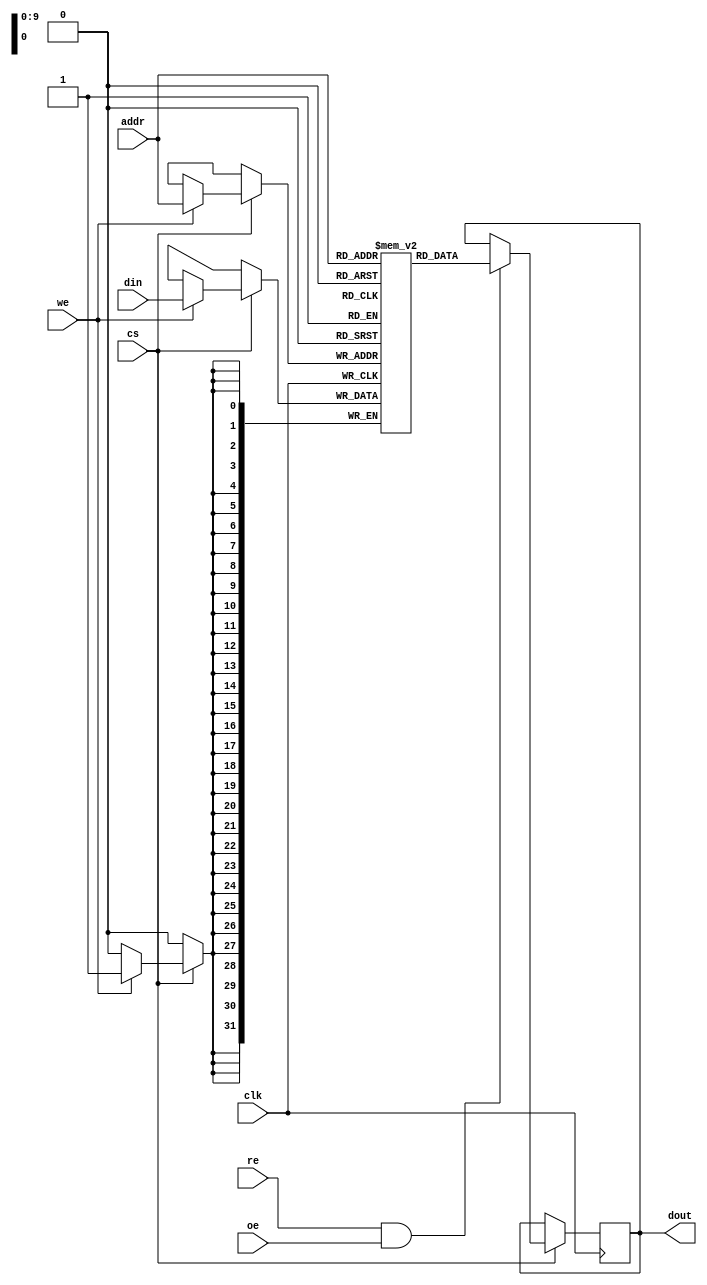
module io_blocks_cache_sram #(
    parameter DATA_WIDTH = 32,    // Width of each word (in bits)
    parameter ADDR_WIDTH = 10      // Address width (for 1KB: 2^10 = 1024 words)
)(
    input wire clk,                // Clock signal
    input wire cs,                 // Chip Select
    input wire we,                 // Write Enable
    input wire re,                 // Read Enable
    input wire oe,                 // Output Enable
    input wire [ADDR_WIDTH-1:0] addr, // Address input
    input wire [DATA_WIDTH-1:0] din,  // Data input
    output reg [DATA_WIDTH-1:0] dout // Data output
);

    // Memory array
    reg [DATA_WIDTH-1:0] memory [(2**ADDR_WIDTH)-1:0];

    // Read and Write operations
    always @(posedge clk) begin
        if (cs) begin
            if (we) begin
                // Write operation
                memory[addr] <= din;
            end
            if (re && oe) begin
                // Read operation
                dout <= memory[addr];
            end
        end
    end

endmodule